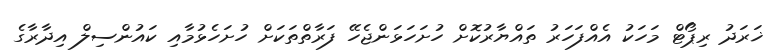
ޚަރަދު ރިޕޯޓް މަހަކު އެއްފަހަރު ތައްޔާރުކޮށް ހުށަހަޅަންޖެހޭ ފަރާތްތަކަށް ހުށަހެޅުމާއި ކައުންސިލް އިދާރާގެ